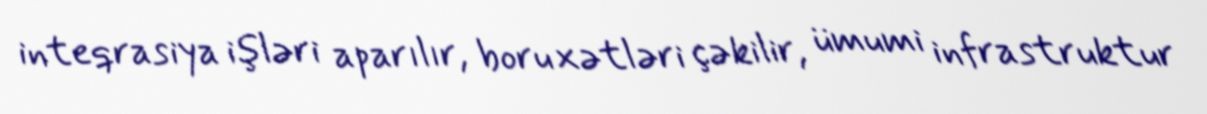
inteqrasiya işləri aparılır, boru xətləri çəkilir, ümumi infrastruktur